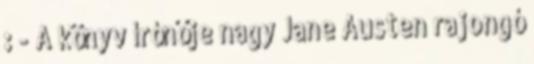
: - A könyv írónője nagy Jane Austen rajongó